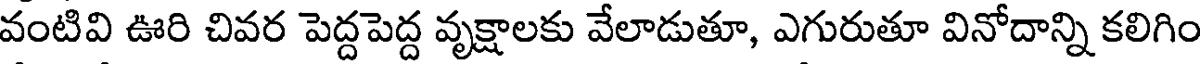
వంటివి ఊరి చివర పెద్దపెద్ద వృక్షాలకు వేలాడుతూ, ఎగురుతూ వినోదాన్ని కలిగిం